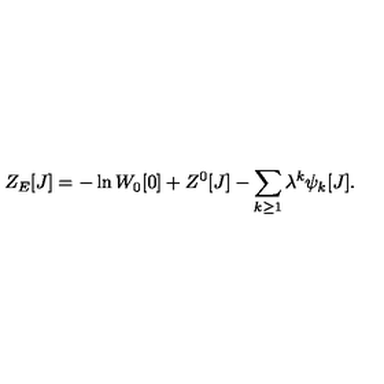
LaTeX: Z _ { E } [ J ] = - \ln W _ { 0 } [ 0 ] + Z ^ { 0 } [ J ] - \sum _ { k \geq 1 } \lambda ^ { k } \psi _ { k } [ J ] .